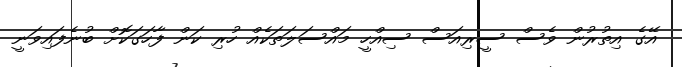
އޭގެ އިތުރުން ވެސް ސީރިއަސް ސިއްހީ މައްސަލަތަކެއް ހުރި ކަން ފާހަގަކޮށް ބުނެފައިވަނީ